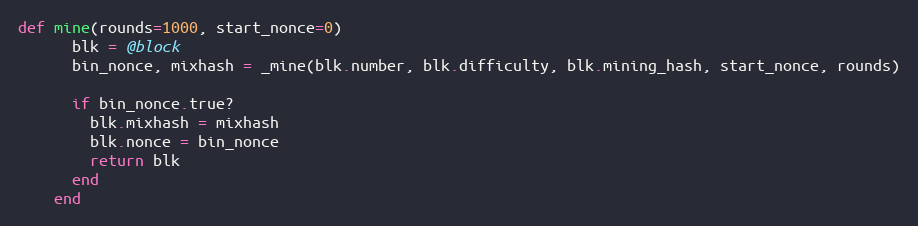
Language: Ruby
def mine(rounds=1000, start_nonce=0)
      blk = @block
      bin_nonce, mixhash = _mine(blk.number, blk.difficulty, blk.mining_hash, start_nonce, rounds)

      if bin_nonce.true?
        blk.mixhash = mixhash
        blk.nonce = bin_nonce
        return blk
      end
    end